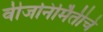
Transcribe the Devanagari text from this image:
वीजनिर्मितीचे